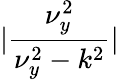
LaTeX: |\frac{\nu_{y}^{2}}{\nu_{y}^{2}-k^{2}}|